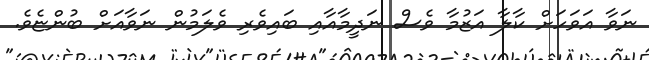
ނަވާ އަވަހަށް ކާލާ އަޒުމާ ވެސް ނަދީމާއާއި ބައިވެރި ވެލަމުން ނަވާއަށް ބުންޏެވެ.